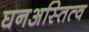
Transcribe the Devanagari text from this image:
घनअस्तित्व